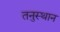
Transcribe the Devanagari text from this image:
तनुस्थान